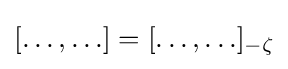
[\ldots ,\ldots ]=[\ldots ,\ldots ]_{-\zeta }